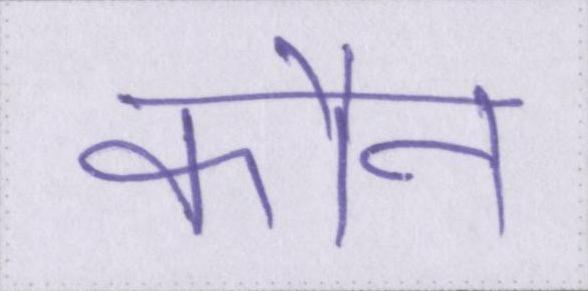
कौन